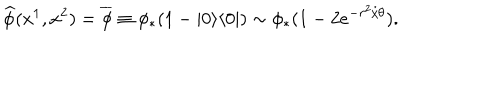
LaTeX: \widehat { \phi } ( x ^ { 1 } , x ^ { 2 } ) = \overline { { { \phi } } } \equiv \phi _ { * } ( 1 - | 0 \rangle \langle 0 | ) \sim \phi _ { * } ( 1 - 2 e ^ { - r ^ { 2 } / \theta } ) .